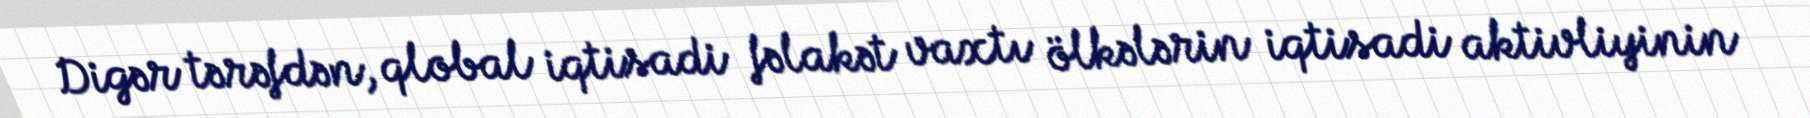
Digər tərəfdən, qlobal iqtisadi fəlakət vaxtı ölkələrin iqtisadi aktivliyinin